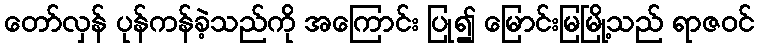
တော်လှန် ပုန်ကန်ခဲ့သည်ကို အကြောင်း ပြု၍ မြောင်းမြမြို့သည် ရာဇဝင်